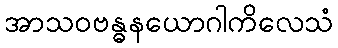
အာသဝဗန္ဓနယောဂါကိလေသံ